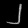
Digit: ၂